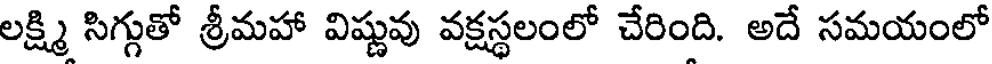
లక్ష్మి సిగ్గుతో శ్రీమహా విష్ణువు వక్షస్థలంలో చేరింది. అదే సమయంలో